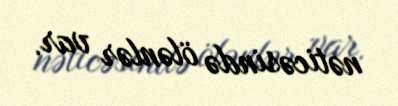
nəticəsində ölənlər var.